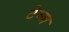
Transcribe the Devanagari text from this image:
टेम्ज